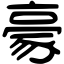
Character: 豪